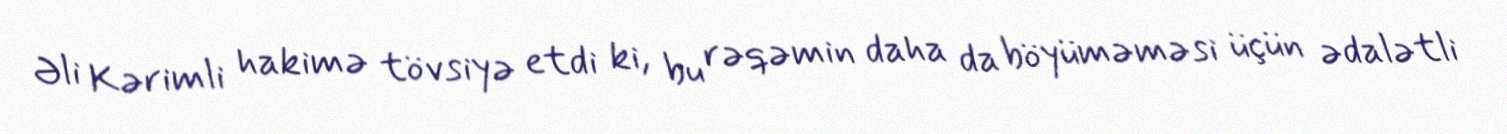
Əli Kərimli hakimə tövsiyə etdi ki, bu rəqəmin daha da böyüməməsi üçün ədalətli